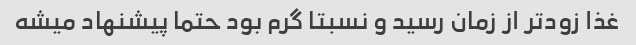
غذا زودتر از زمان رسید و نسبتا گرم بود حتما پیشنهاد میشه